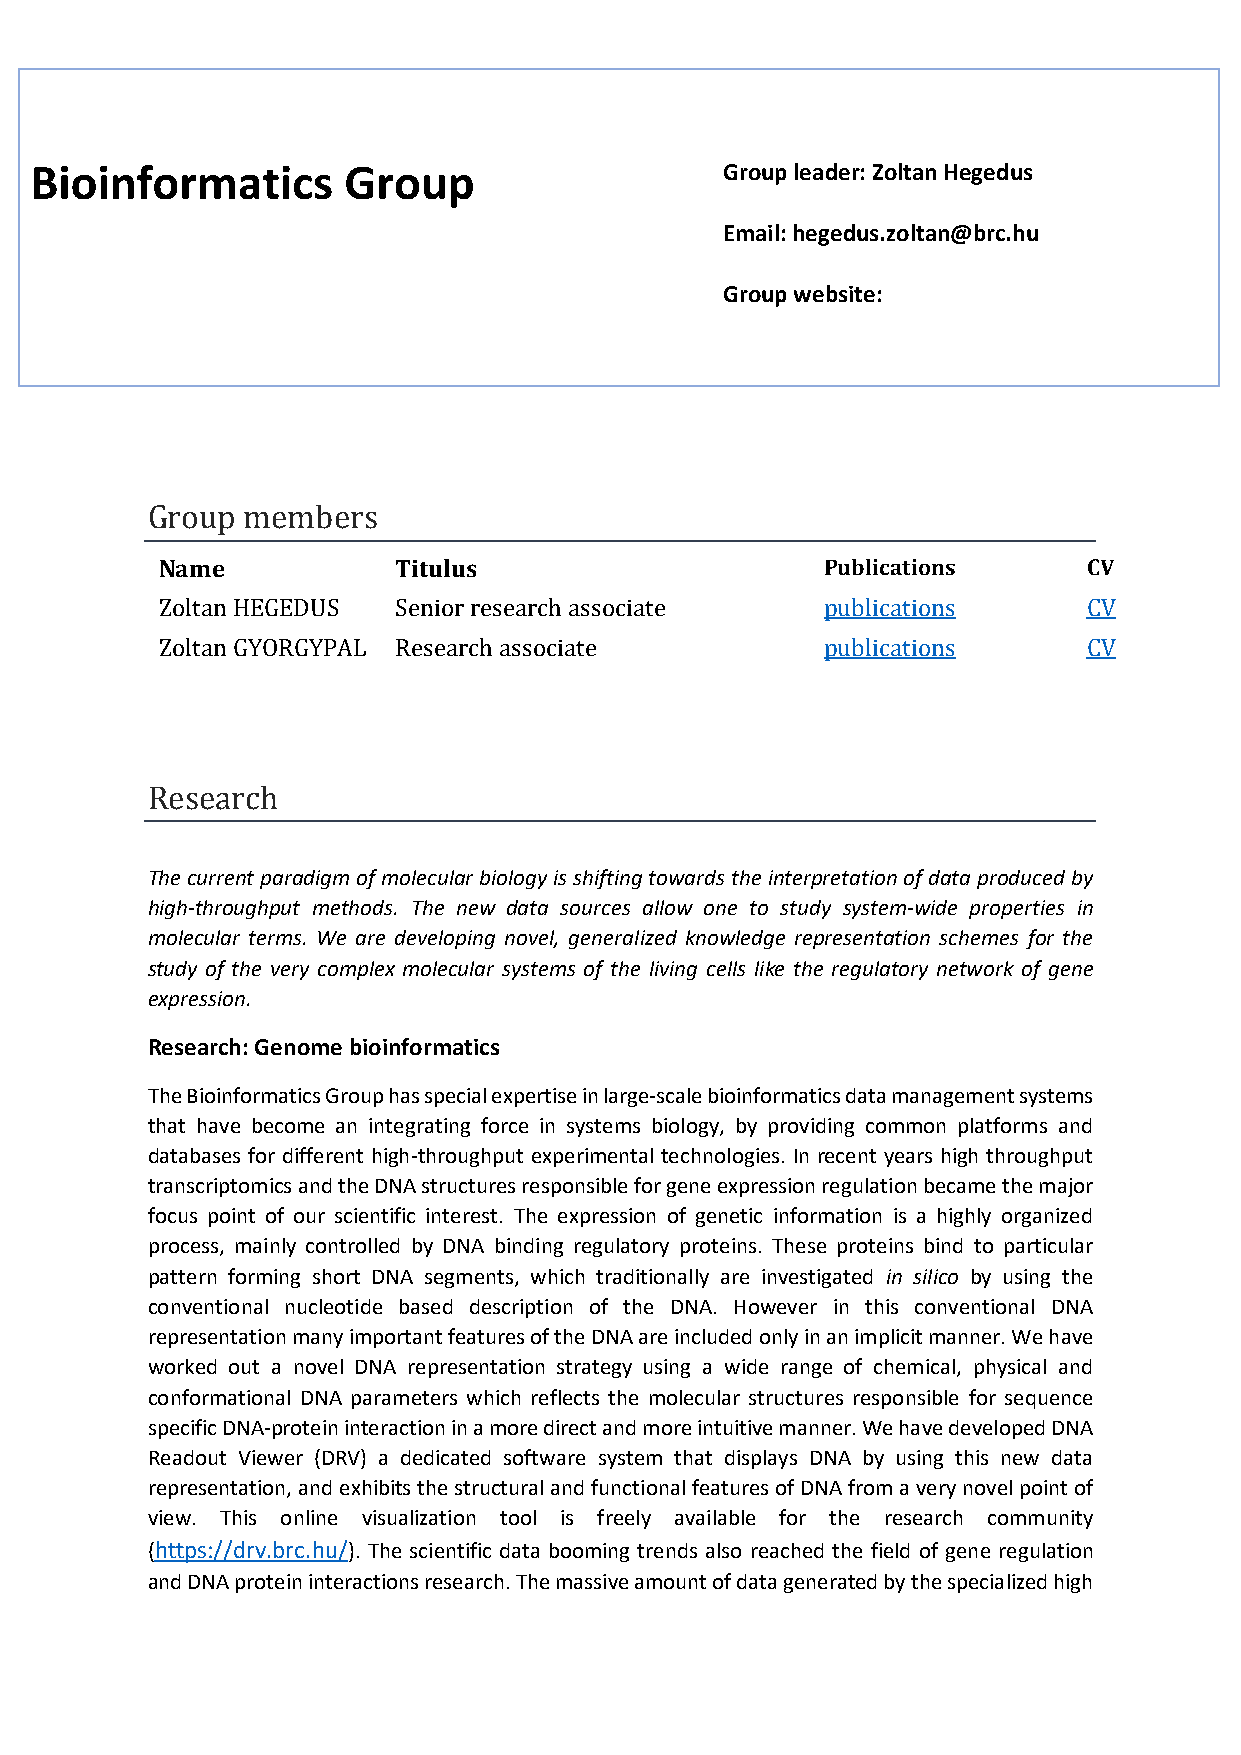
Bioinformatics       Group                    Group leader: Zoltan Hegedus
 Email: hegedus.zoltan@brc.hu
 Group website:
 Group members
 Name           Titulus                      Publications     CV
 Zoltan HEGEDUS Senior research associate    publications     CV
 Zoltan GYORGYPAL Research associate         publications     CV
 Research
 The current paradigm of molecular biology is shifting towards the interpretation of data produced by
 high-throughput methods. The new data sources allow one to study system-wide properties in
 molecular terms. We are developing novel, generalized knowledge representation schemes for the
 study of the very complex molecular systems of the living cells like the regulatory network of gene
 expression.
 Research: Genome bioinformatics
 The Bioinformatics Group has special expertise in large-scale bioinformatics data management systems
 that have become an integrating force in systems biology, by providing common platforms and
 databases for different high-throughput experimental technologies. In recent years high throughput
 transcriptomics and the DNA structures responsible for gene expression regulation became the major
 focus point of our scientific interest. The expression of genetic information is a highly organized
 process, mainly controlled by DNA binding regulatory proteins. These proteins bind to particular
 pattern forming short DNA segments, which traditionally are investigated in silico by using the
 conventional nucleotide based description of the DNA. However in this conventional DNA
 representation many important features of the DNA are included only in an implicit manner. We have
 worked out a novel DNA representation strategy using a wide range of chemical, physical and
 conformational DNA parameters which reflects the molecular structures responsible for sequence
 specific DNA-protein interaction in a more direct and more intuitive manner. We have developed DNA
 Readout Viewer (DRV) a dedicated software system that displays DNA by using this new data
 representation, and exhibits the structural and functional features of DNA from a very novel point of
 view. This online visualization tool is freely available for the research community
 (https://drv.brc.hu/). The scientific data booming trends also reached the field of gene regulation
 and DNA protein interactions research. The massive amount of data generated by the specialized high